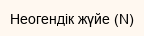
Неогендік жүйе (N)